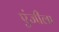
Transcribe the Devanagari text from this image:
एंजीला